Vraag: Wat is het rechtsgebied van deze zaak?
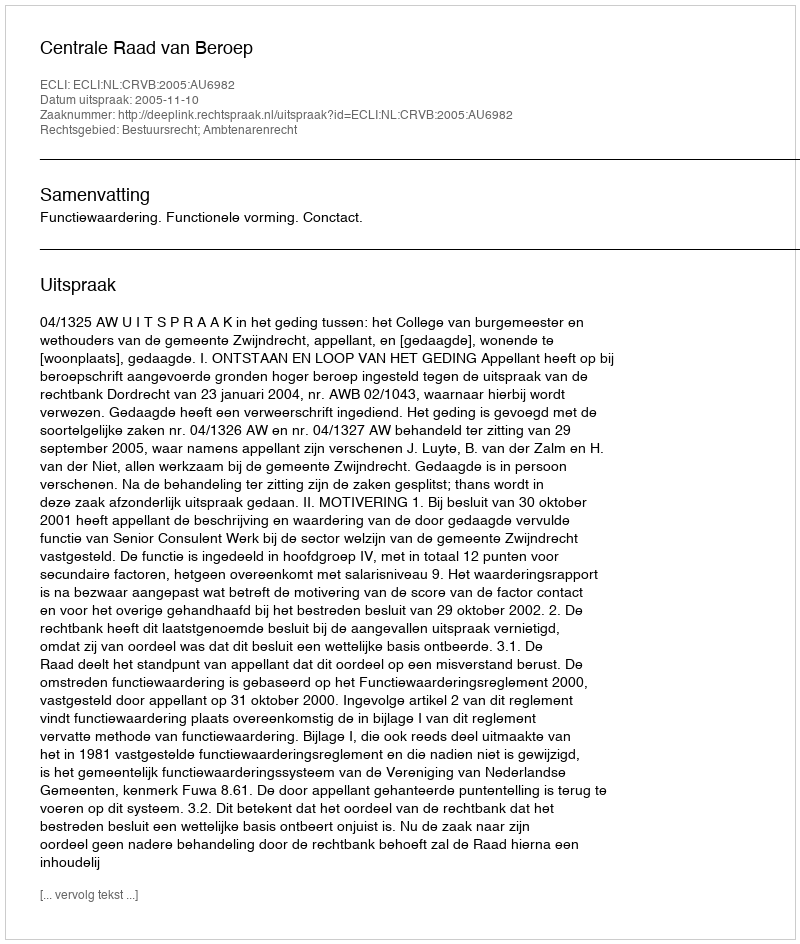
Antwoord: Bestuursrecht; Ambtenarenrecht